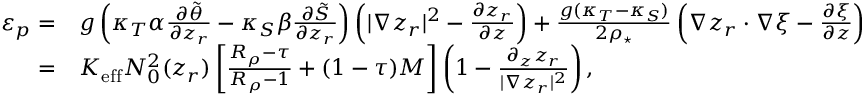
\begin{array} { r l } { \varepsilon _ { p } = } & { g \left( \kappa _ { T } \alpha \frac { \partial \tilde { \theta } } { \partial z _ { r } } - \kappa _ { S } \beta \frac { \partial \tilde { S } } { \partial z _ { r } } \right) \left( | \nabla z _ { r } | ^ { 2 } - \frac { \partial z _ { r } } { \partial z } \right) + \frac { g ( \kappa _ { T } - \kappa _ { S } ) } { 2 \rho _ { \star } } \left( \nabla z _ { r } \cdot \nabla \xi - \frac { \partial \xi } { \partial z } \right) } \\ { = } & { K _ { \mathrm { e f f } } N _ { 0 } ^ { 2 } ( z _ { r } ) \left[ \frac { R _ { \rho } - \tau } { R _ { \rho } - 1 } + ( 1 - \tau ) { \cal M } \right] \left( 1 - \frac { \partial _ { z } z _ { r } } { | \nabla z _ { r } | ^ { 2 } } \right) , } \end{array}